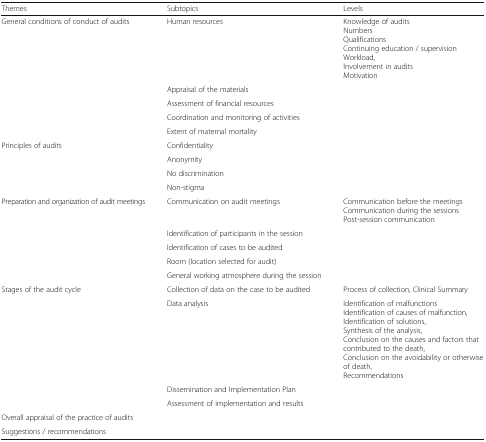
| Themes | Subtopics | Levels |
 | --- | --- | --- |
 | <ROWSPAN=5> General conditions of conduct of audits | Human resources | Knowledge of auditsNumbersQualificationsContinuing education / supervisionWorkload,Involvement in auditsMotivation |
 | Appraisal of the materials |  |
 | Assessment of financial resources |  |
 | Coordination and monitoring of activities |  |
 | Extent of maternal mortality |  |
 | <ROWSPAN=4> Principles of audits | Confidentiality |  |
 | Anonymity |  |
 | No discrimination |  |
 | Non-stigma |  |
 | <ROWSPAN=5> Preparation and organization of audit meetings | Communication on audit meetings | Communication before the meetingsCommunication during the sessionsPost-session communication |
 | Identification of participants in the session |  |
 | Identification of cases to be audited |  |
 | Room (location selected for audit) |  |
 | General working atmosphere during the session |  |
 | <ROWSPAN=4> Stages of the audit cycle | Collection of data on the case to be audited | Process of collection, Clinical Summary |
 | Data analysis | Identification of malfunctionsIdentification of causes of malfunction,Identification of solutions,Synthesis of the analysis,Conclusion on the causes and factors that contributed to the death,Conclusion on the avoidability or otherwise of death,Recommendations |
 | Dissemination and Implementation Plan |  |
 | Assessment of implementation and results |  |
 | Overall appraisal of the practice of audits |  |  |
 | Suggestions / recommendations |  |  |